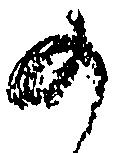
の